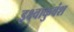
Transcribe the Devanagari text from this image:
इक्ष्वाकुवंश